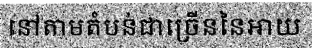
នៅតាមតំបន់ជាច្រើននៃអាយ